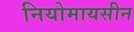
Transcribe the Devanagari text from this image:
नियोमायसीन